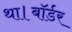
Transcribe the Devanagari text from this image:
था।बॉर्डर